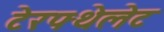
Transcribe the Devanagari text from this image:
टेरफ्थेलेट